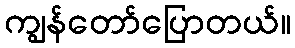
ကျွန်တော်ပြောတယ်။